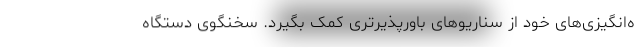
ه‌انگیزی‌های خود از سناریوهای باورپذیرتری کمک بگیرد. سخنگوی دستگاه